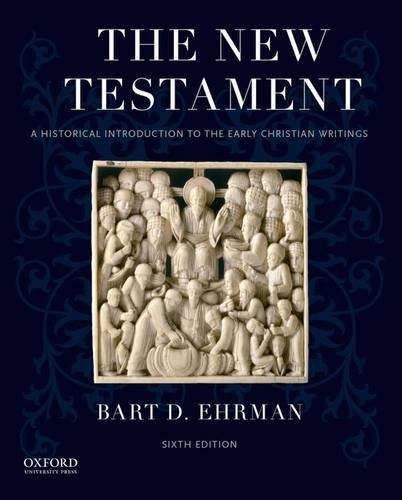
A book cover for The New Testament: A Historical Introduction to the Early Christian Writings; Bart D. Ehrman; Reference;